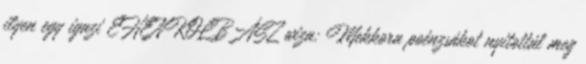
ilyen egy igazi EHENKOLBÁSZ wiza: Mekkora poénzsákot nyitottál meg